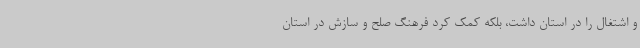
و اشتغال را در استان داشت، بلکه کمک کرد فرهنگ صلح و سازش در استان